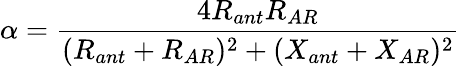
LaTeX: \alpha=\frac{4R_{ant}R_{AR}}{(R_{ant}+R_{AR})^{2}+(X_{ant}+X_{AR})^{2}}